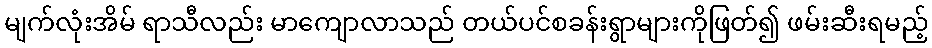
မျက်လုံးအိမ် ရာသီလည်း မာကျောလာသည် တယ်ပင်စခန်းရွာများကိုဖြတ်၍ ဖမ်းဆီးရမည့်